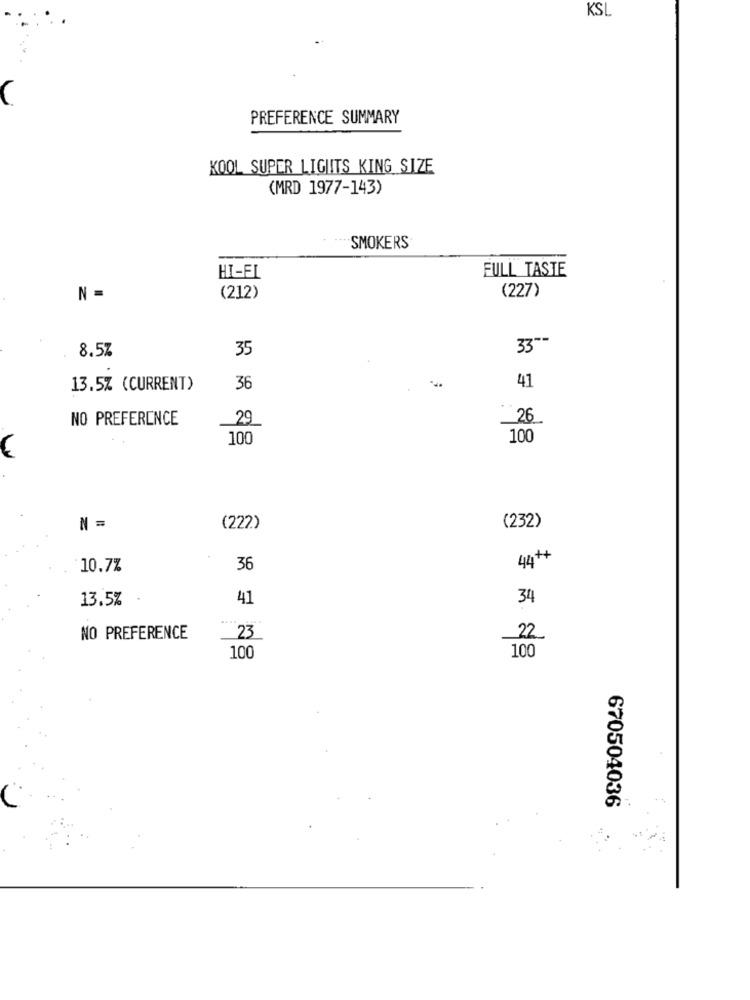
KSL
C
PREFERENCE SUMMARY
KOOL SUPER LIGHTS KING SIZE
(MRD 1977-143)
SMOKERS
FULL TASTE
HI-FI
(227)
N =
(212)
8.5%
35
330-
13.5% (CURRENT)
36
41
NO PREFERENCE
_29
26
100
100
N =
(222)
(232)
44++
10.7%
36
13.5%
41
34
NO PREFERENCE
23
22
100
100
670504036